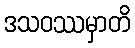
ဒသဝဿမှာတိ